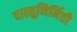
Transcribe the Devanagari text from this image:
वास्तुनिर्मिती